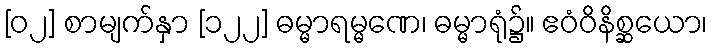
[၀၂] စာမျက်နှာ [၁၂၂] ဓမ္မာရမ္မဏေ၊ ဓမ္မာရုံ၌။ ဧဝံဝိနိစ္ဆယော၊